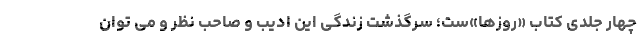
چهار جلدی کتاب «روزها»ست؛ سرگذشت زندگی این ادیب و صاحب نظر و می توان